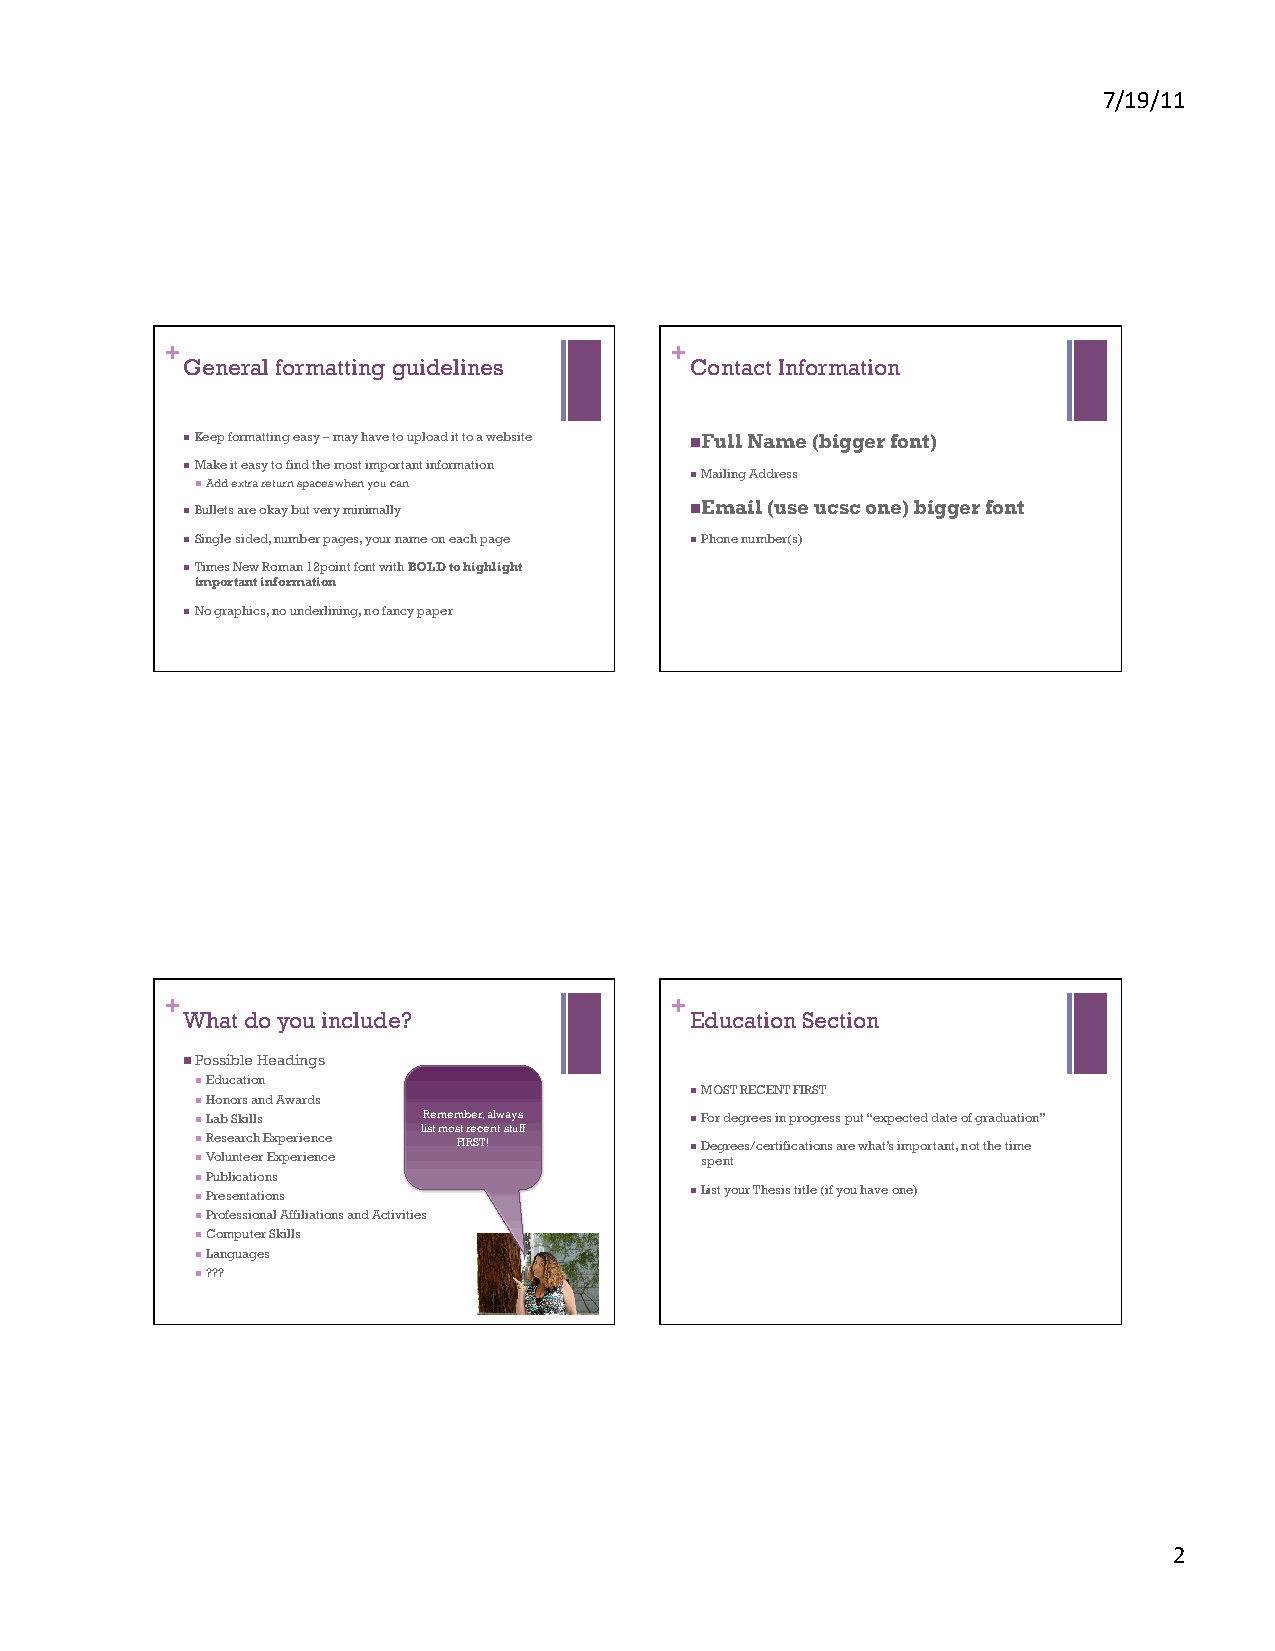
!"#$"##%
 +                                +
 General formatting guidelines     Contact Information
 !!Keep formatting easy – may have to upload it to a website !!Full Name (bigger font)
 !!Make it easy to find the most important information
 !!Mailing Address
 !!Add extra return spaces when you can
 !!Bullets are okay but very minimally
 !!Email (use ucsc one) bigger font
 !!Single sided, number pages, your name on each page !!Phone number(s)
 !!Times New Roman 12point font with BOLD to highlight
 important information
 !!No graphics, no underlining, no fancy paper
 +                                +
 What do you include?              Education Section
 !!Possible Headings
 !!Education
 !!MOST RECENT FIRST
 !!Honors and Awards
 !!Lab Skills   Remember, always  !!For degrees in progress put “expected date of graduation”
 list most recent stuff
 !!Research Experience FIRST!     !!Degrees/certifications are what’s important, not the time
 !!Volunteer Experience           spent
 !!Publications
 !!Presentations                  !!List your Thesis title (if you have one)
 !!Professional Affiliations and Activities
 !!Computer Skills
 !!Languages
 !!???
 &%